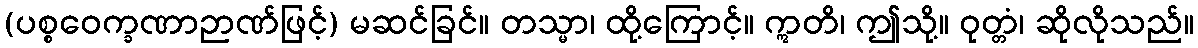
(ပစ္စဝေက္ခဏာဉာဏ်ဖြင့်) မဆင်ခြင်။ တသ္မာ၊ ထို့ကြောင့်။ ဣတိ၊ ဤသို့။ ဝုတ္တံ၊ ဆိုလိုသည်။